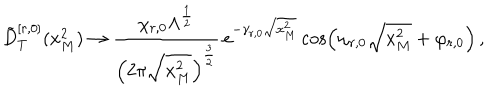
LaTeX: \tilde { D } _ { T } ^ { [ r , 0 ] } ( x _ { M } ^ { 2 } ) \rightarrow \frac { \chi _ { r , 0 } \Lambda ^ { \frac { 1 } { 2 } } } { \left( 2 \pi \sqrt { x _ { M } ^ { 2 } } \right) ^ { \frac { 3 } { 2 } } } \, e ^ { - \gamma _ { r , 0 } \sqrt { x _ { M } ^ { 2 } } } \cos \left( \omega _ { r , 0 } \sqrt { x _ { M } ^ { 2 } } + \varphi _ { r , 0 } \right) \, ,